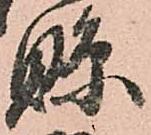
縣